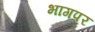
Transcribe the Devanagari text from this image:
भागपर